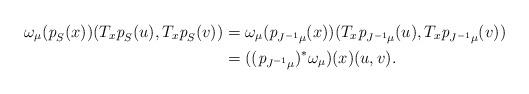
LaTeX: \begin{align*}\omega_\mu(\emph p_S(x))(T_x\emph p_S(u), T_x\emph p_S(v)) &= \omega_\mu(\emph p_{J^{-1}\mu}(x))(T_x\emph p_ {J^{-1}\mu}(u), T_x\emph p_{J^{-1}\mu}(v)) \\&= ((\emph p_{J^{-1}\mu})^*\omega_\mu)(x)(u,v).\end{align*}